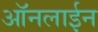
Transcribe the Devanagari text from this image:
आॅनलाईन